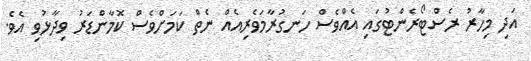
އަދި މިހާރު ރެސްޓޯރެންޓުގައި އެއްވެސް ހަނގުރާމަވެރިއެއް ނެތް ކަމަށްވެސް ކޮމާންޑަރު ވިދާޅުވި އެވެ.